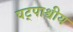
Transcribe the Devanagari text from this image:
षट्पाश्वीय